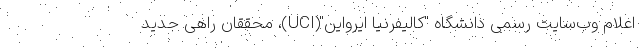
اعلام وب‌سایت رسمی دانشگاه "کالیفرنیا ایرواین"(UCI)، محققان راهی جدید